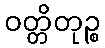
ဝတ္တိတုဉ္စ